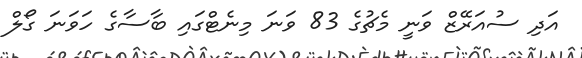
އަދި ސުއަރޭޒް ވަނީ މެޗުގެ 83 ވަނަ މިނެޓްގައި ބާސާގެ ހަވަނަ ގޯލް